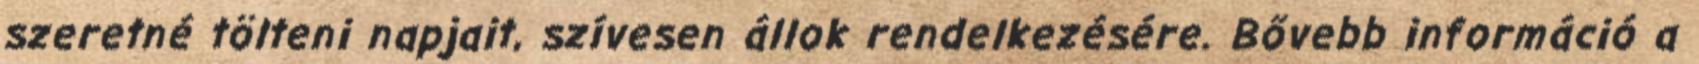
szeretné tölteni napjait, szívesen állok rendelkezésére. Bővebb információ a